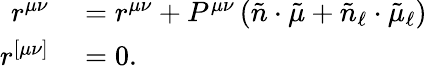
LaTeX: \begin{array}{rl}{r^{\mu\nu}}&{{}=r^{\mu\nu}+P^{\mu\nu}\left(\tilde{n}\cdot\tilde{\mu}+\tilde{n}_{\ell}\cdot\tilde{\mu}_{\ell}\right)}\\ {r^{[\mu\nu]}}&{{}=0.}\end{array}